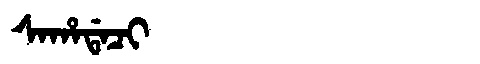
Manchu: ᠰᠠᡥᠠᡩᠠᠴᡳ
Romanization: SAHADACI